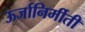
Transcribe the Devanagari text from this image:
ऊर्जानिर्मीती